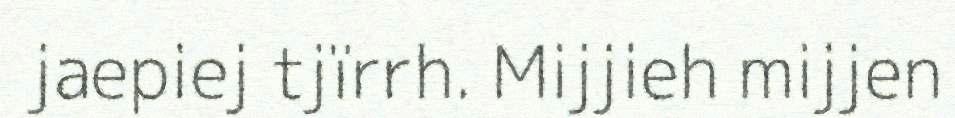
jaepiej tjïrrh. Mijjieh mijjen